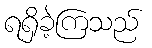
ရရှိခဲ့ကြသည်